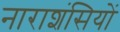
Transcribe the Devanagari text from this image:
नाराशंसियों